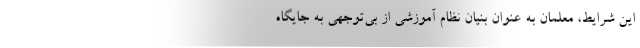
این شرایط، معلمان به عنوان بنیان نظام آموزشی از بی‌توجهی به جایگاه